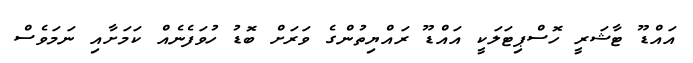
އައްޑޫ ޓާޝަރީ ހޮސްޕިޓަަލަކީ އައްޑޫ ރައްޔިތުންގެ ވަރަށް ބޮޑު ހުވަފެނެއް ކަަމަށާއި ނަމަވެސް